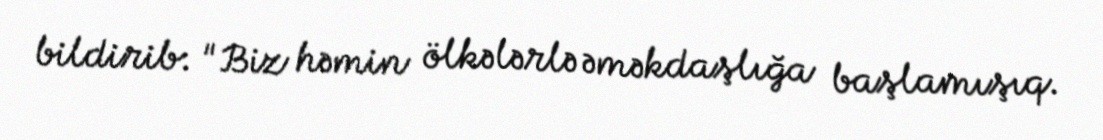
bildirib: "Biz həmin ölkələrlə əməkdaşlığa başlamışıq.